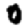
Digit: 0